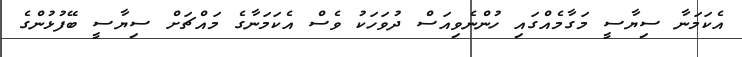
އެކަމަނާ ސިޔާސީ މަގާމެއްގައި ހުންނެވިއަސް ދުވަހަކު ވެސް އެކަމަނާގެ މައްޗަށް ސިޔާސީ ބޭފުޅުންގެ